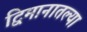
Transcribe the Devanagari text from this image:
द्विमानातल्या